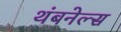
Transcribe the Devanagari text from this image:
थंबनेल्स